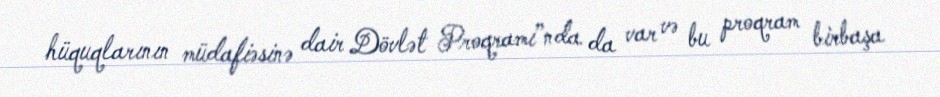
hüquqlarının müdafiəsinə dair Dövlət Proqramı”nda da var və bu proqram birbaşa